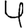
Digit: 4